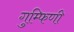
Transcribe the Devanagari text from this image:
गुम्फिणी